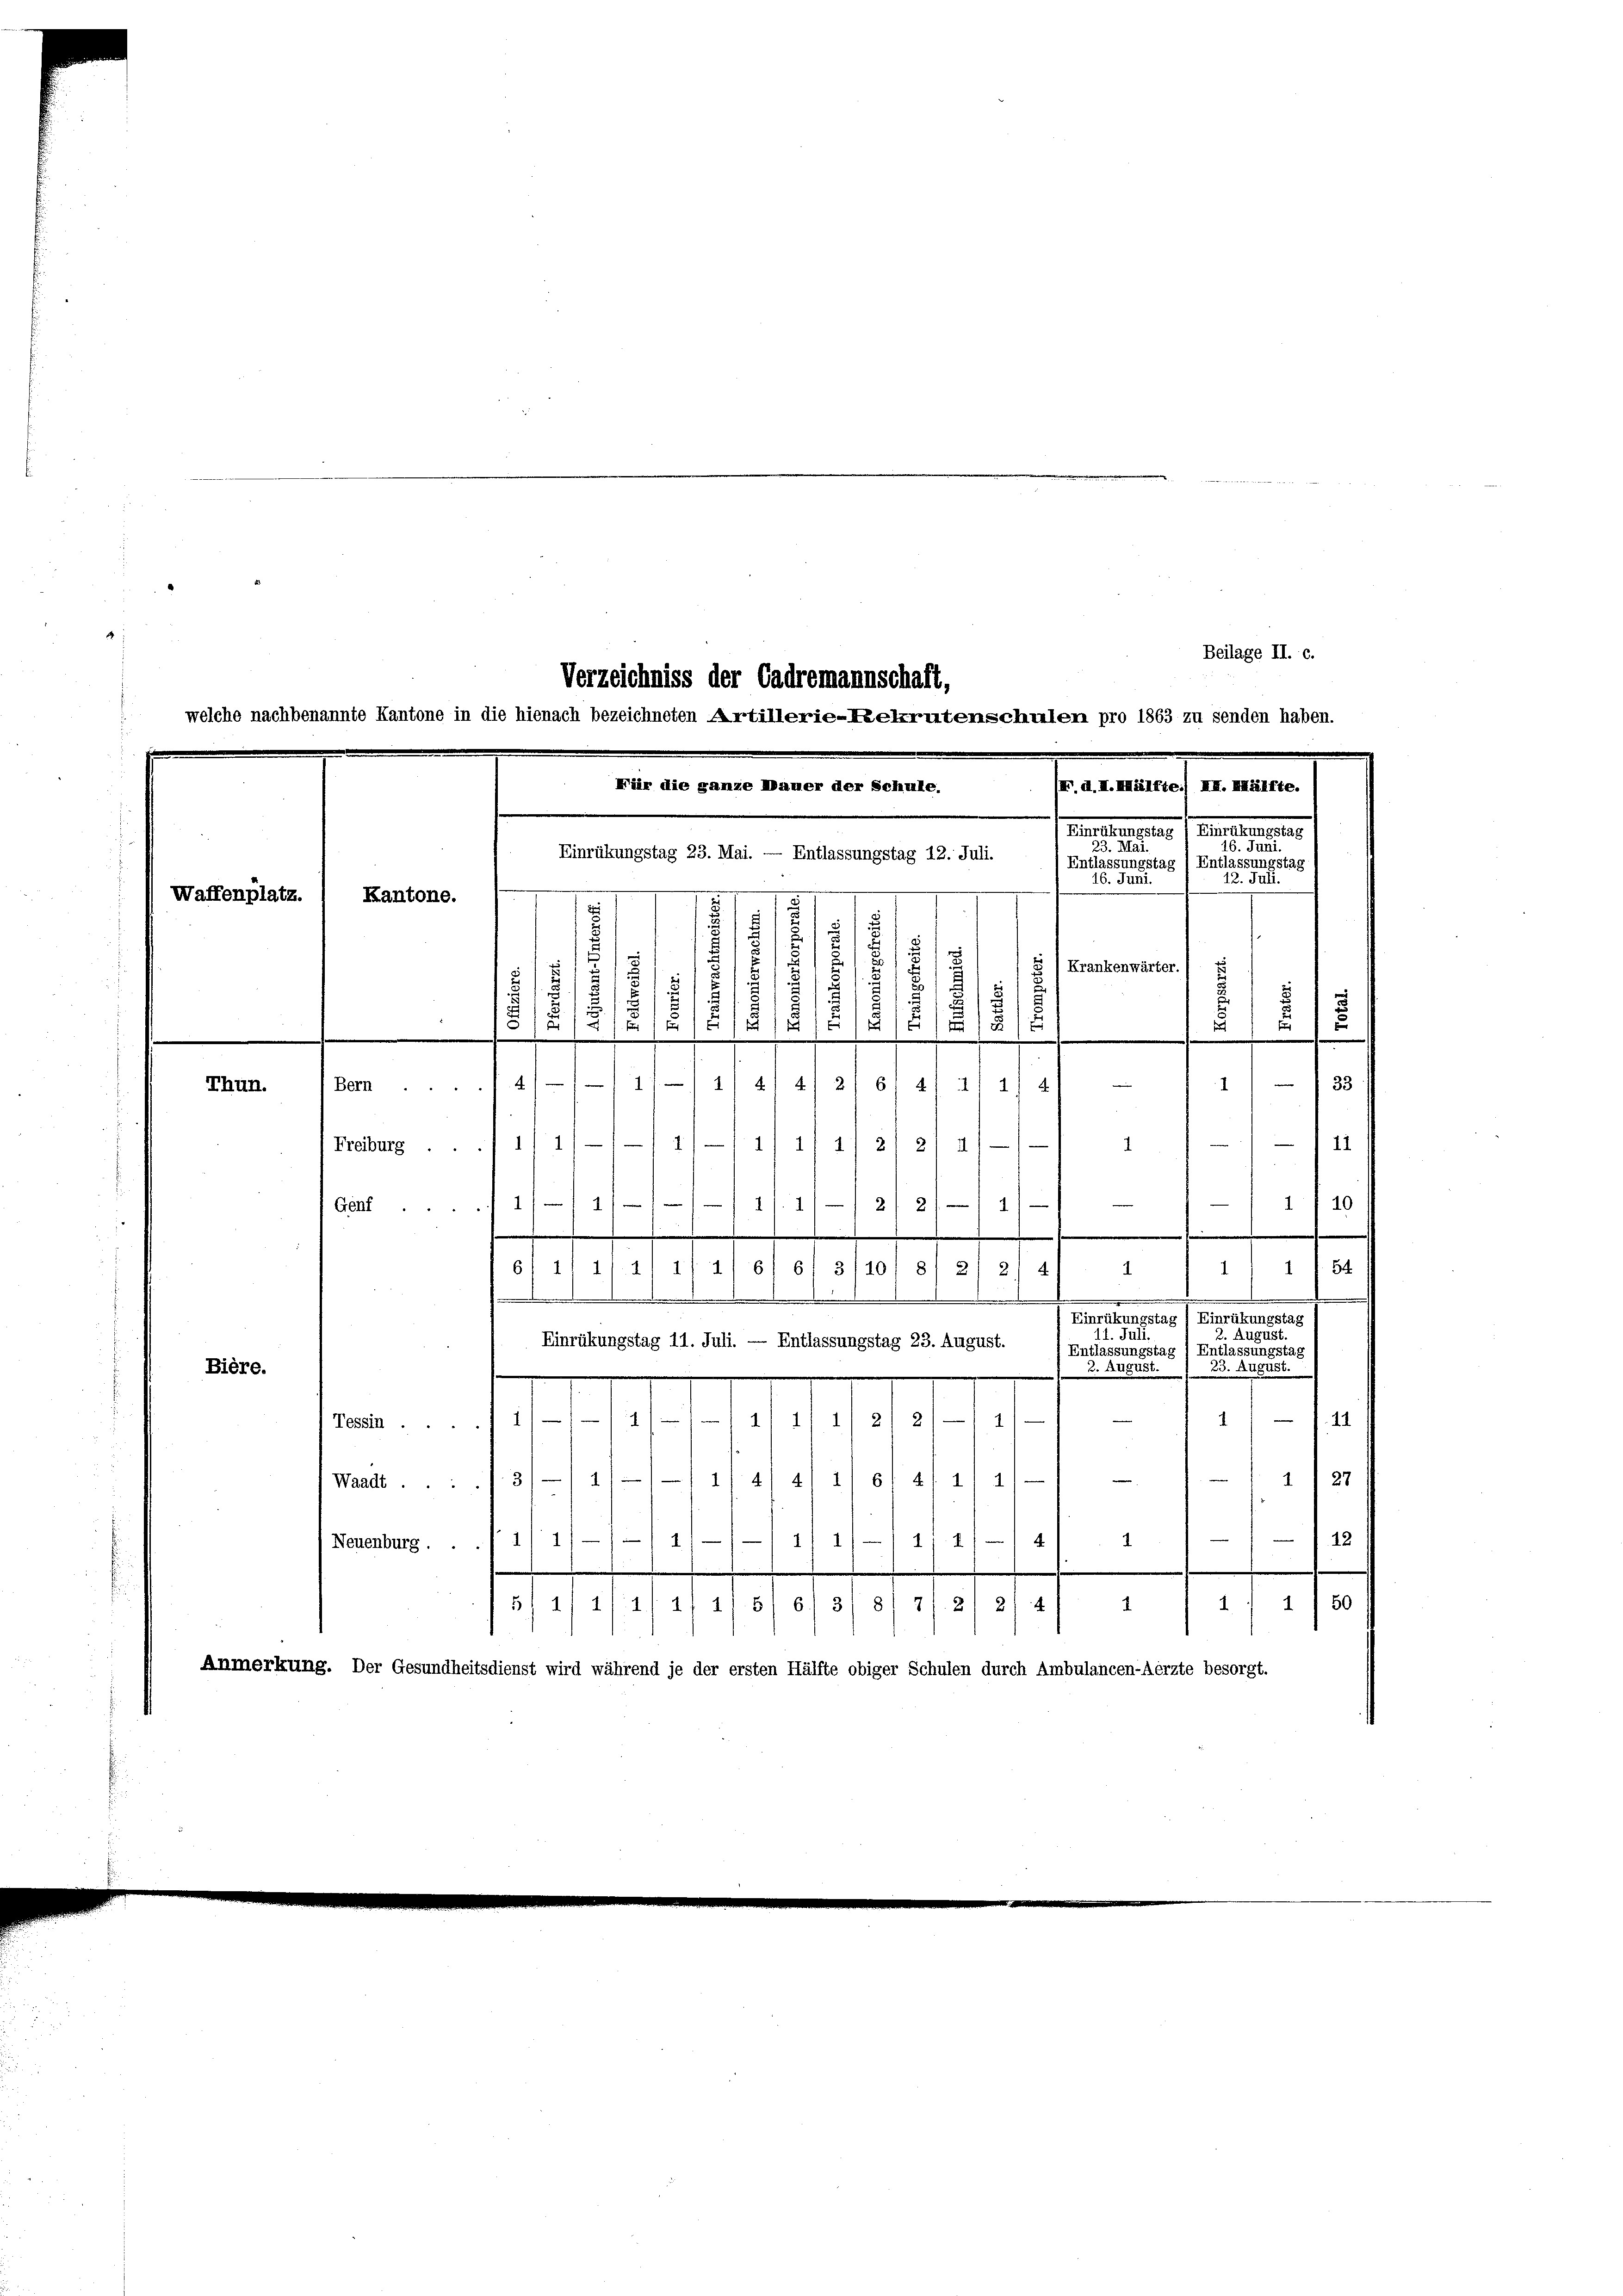
Waffenplatz.

Thun.

Beilage II. c.
Anleiteres 1 Streiteresse
16. Juni.
23. Mai.
Entlassungstag / Entlassungstag
16. Juni.

n
.
Kantone.
i
2
17
i
.
¬
25
u
) Krankenwärter.
1
2
.
.
1
1/2
d
s
u
.
1
E
F
u
.
1 f 33 f
417 1/4/4/2/61 41. 21 2/4
Bern

—111
Freiburg . ..11/11/11/1 11 1/2
2
11
1
e
10
2/2
114
4
1

Genf.
1
111/6/ 6/ 3/10/ 81 21 21 4/
1) 1 f 54
611) 1). 1
1
m
.
Biederungs
Venedienen
11. Pa
. August.
Einrükungstag 11. Juli. — Entlassungstag 23. August.
 Entlassungstag / Entlassungstag
Bière.
 3. August. 23. 15488.
11/11/4 11
2) 2)
42
1)
1
Tessin .
Waadt .... 3/-/ 11/1 11 4/4/ 1/6/ 4/1/ 11—1 — 1 - 11) 27
12
1)
1/ 1// 1/ 1/1 4
(Neuenburg . . . 1/ 1
1
1 1 50
1
52
1/111, 11. 51 6/ 31 81 71. 21 214 1
Anmerkung. Der Gesundheitsdienst wird während je der ersten Hälfte obiger Schulen durch Ambulancen-Aerzte besorgt.

Verzeichniss der Cadremannschaft,
welche nachbenannte Kantone in die hienach bezeichneten Artillerie-Relrutenschulen pro 1863 zu senden haben.
Für die ganze Mauer der Schule.
Einrükungstag 23. Mai. — Entlassungstag 12. Juli.

X. d. H. Hälfte) II. Hälfte.